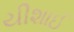
યીશાઈ